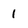
Character: 1